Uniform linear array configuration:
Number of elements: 12
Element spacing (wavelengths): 0.75
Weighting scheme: blackman
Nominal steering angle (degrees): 60
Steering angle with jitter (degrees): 61.697
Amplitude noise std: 0.05
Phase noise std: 0.05

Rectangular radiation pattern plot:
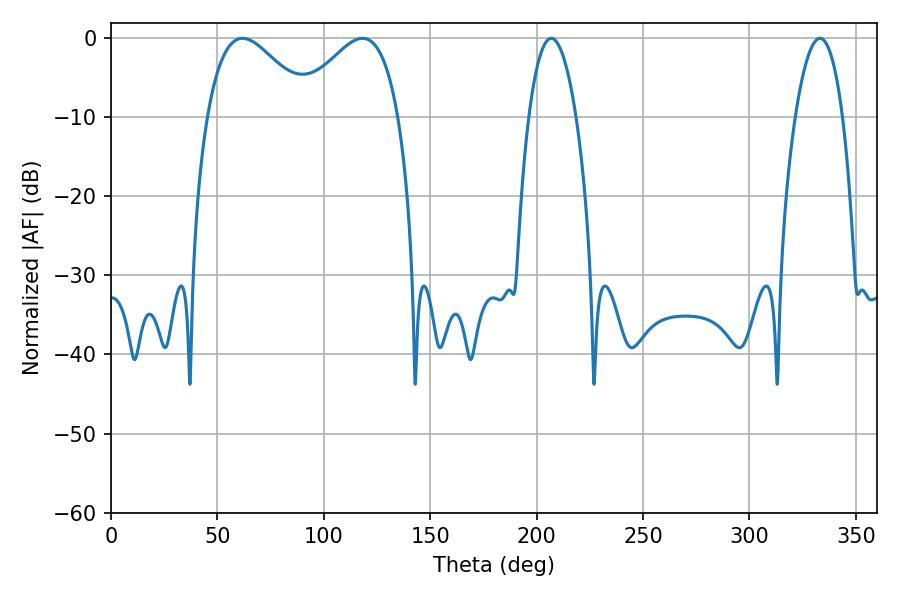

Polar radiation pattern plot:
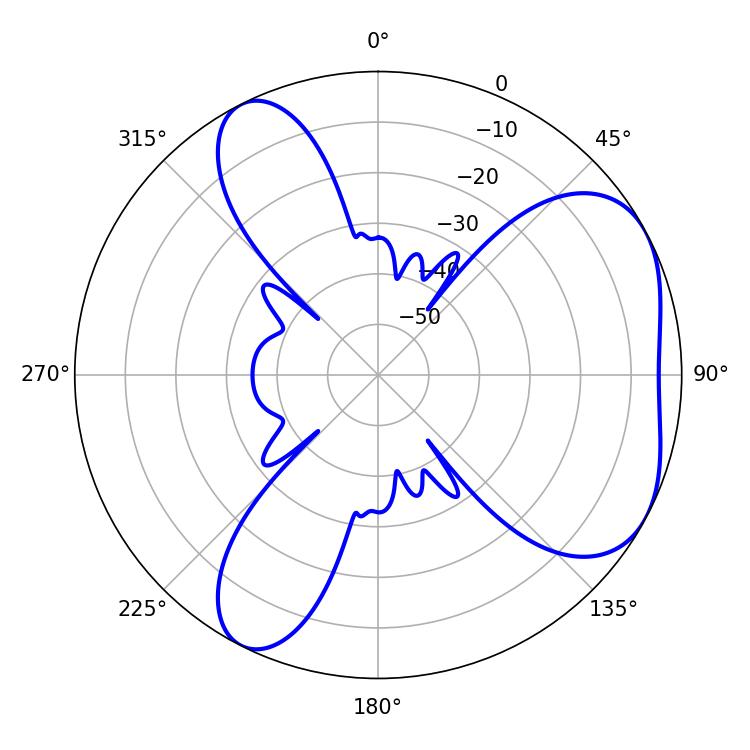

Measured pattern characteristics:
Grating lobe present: TRUE
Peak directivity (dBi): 4.796
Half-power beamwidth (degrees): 26.46
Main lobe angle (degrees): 61.74